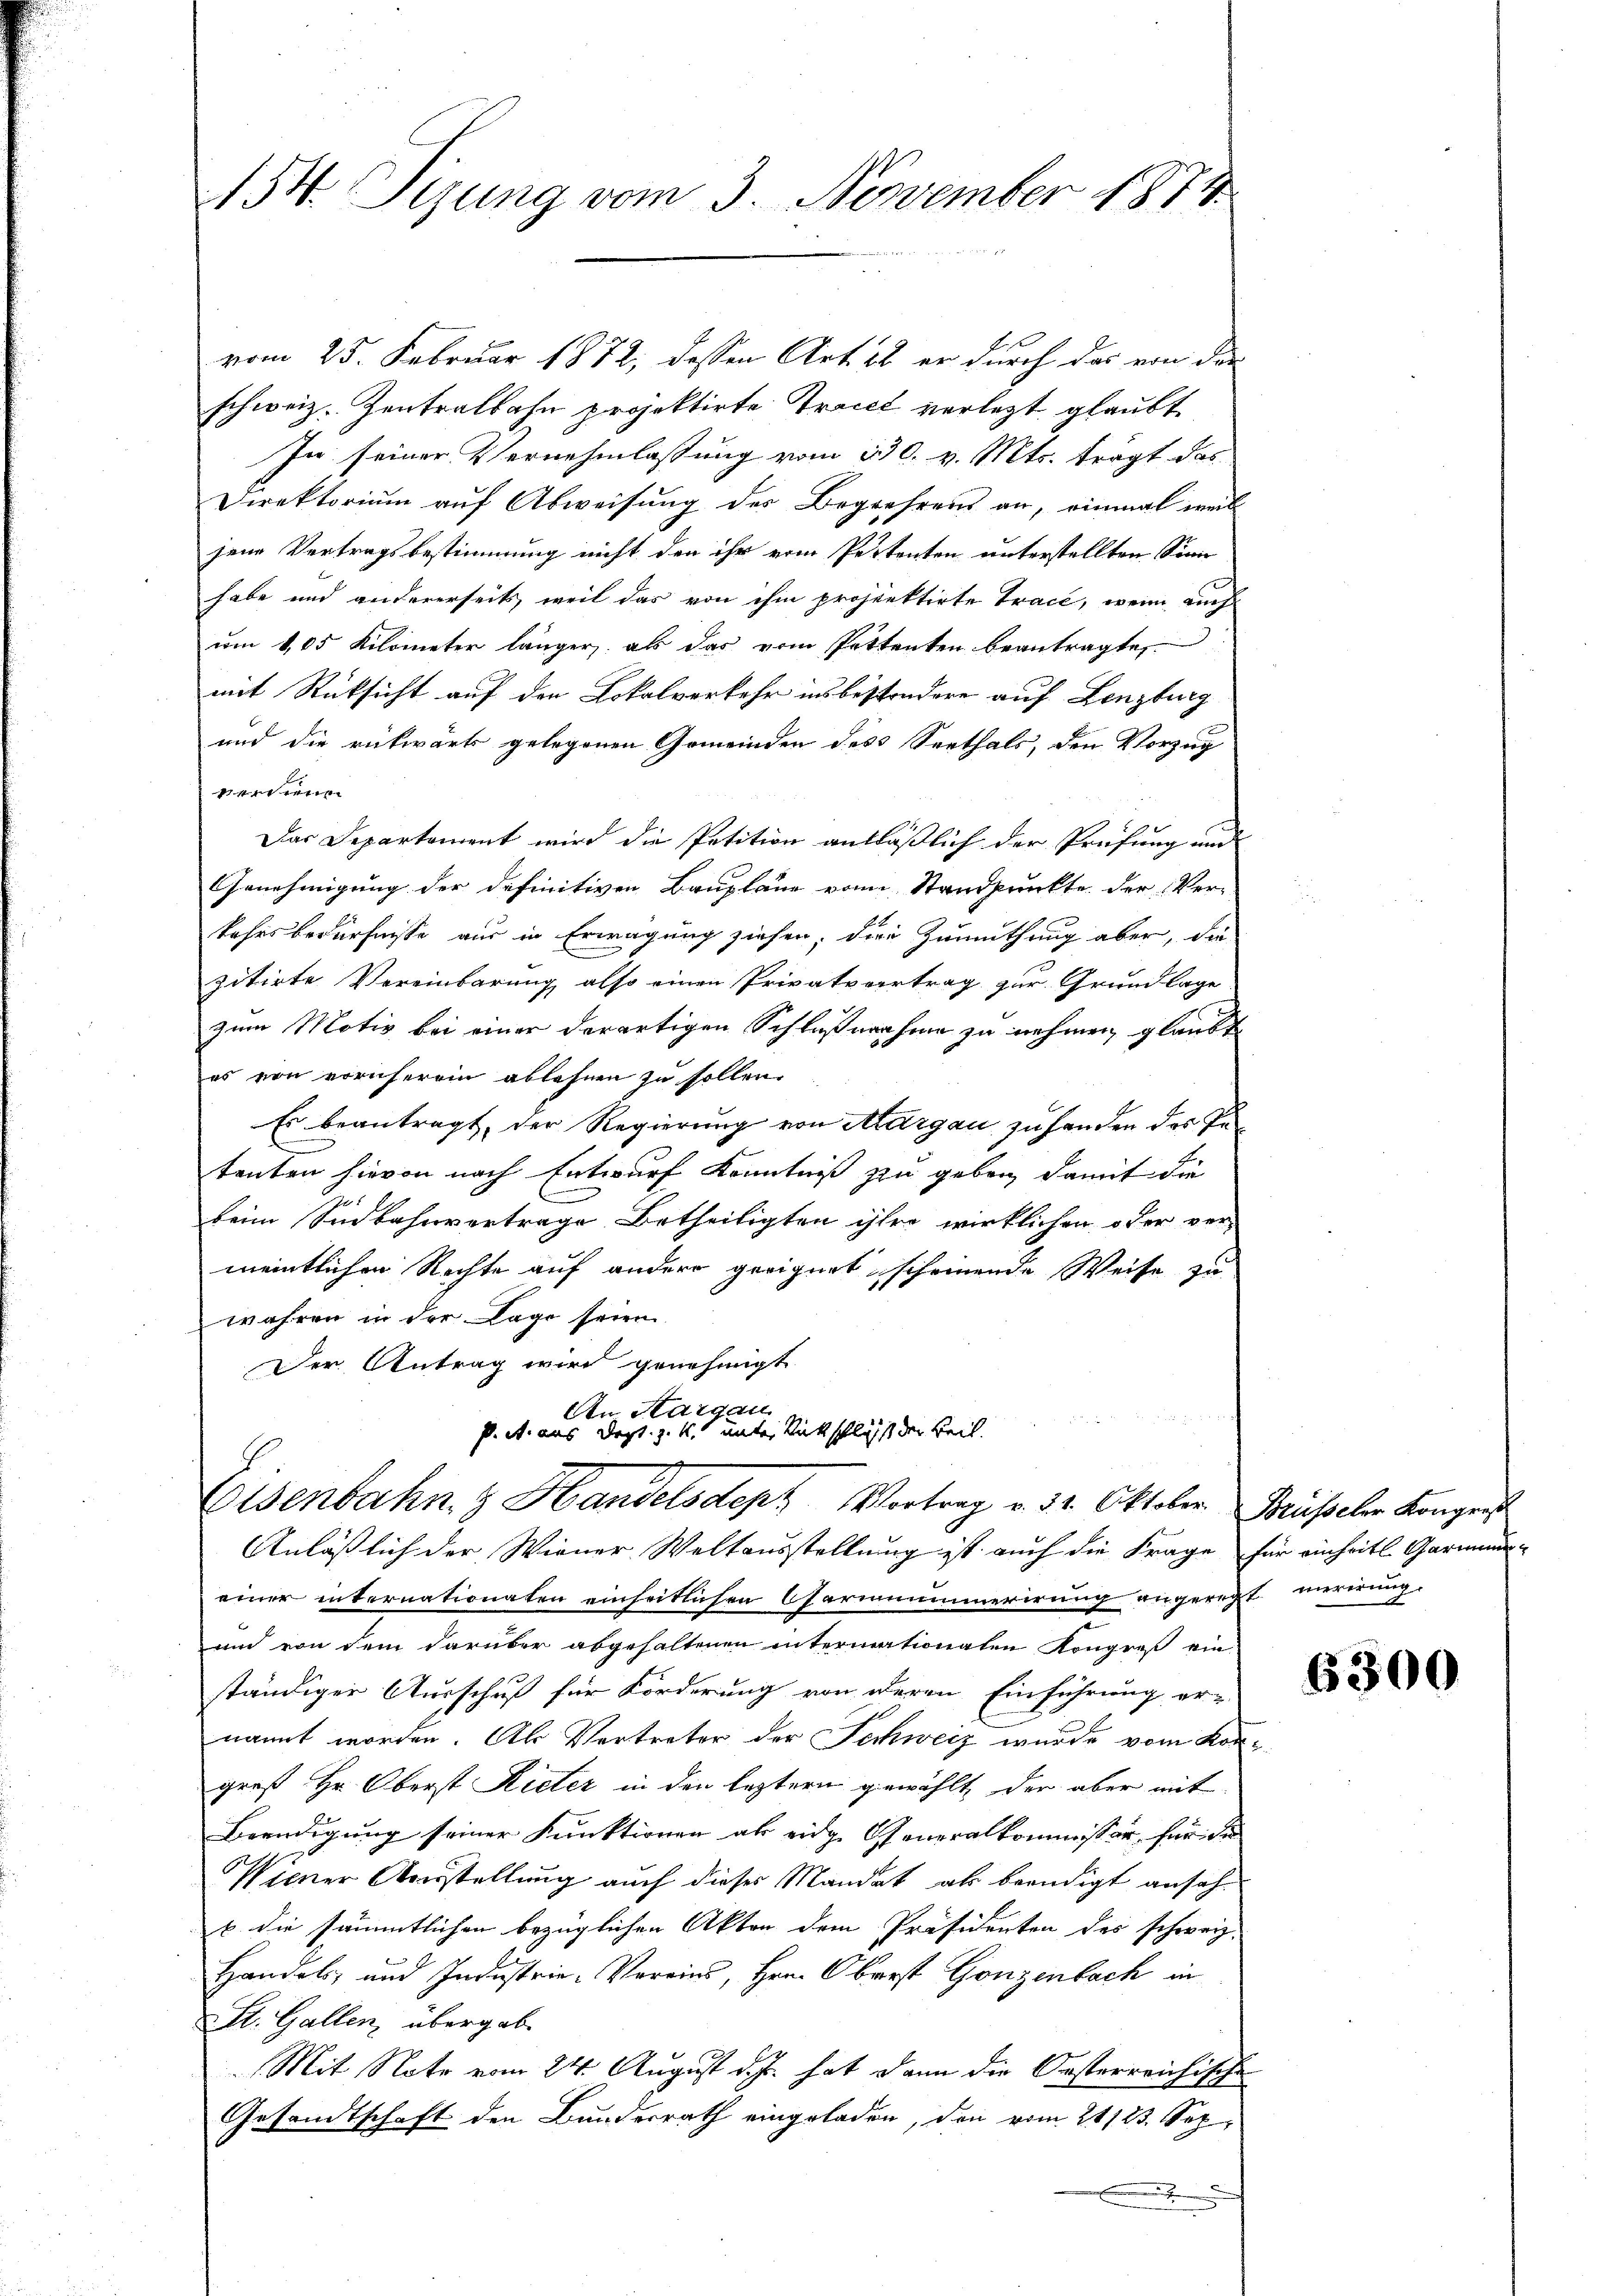
154. Sizung vom 3. November 1874

vom 25. Februar 1872, dessen Art. 28 er durch das von der
schweiz. Zentralbahn projektirte Tracet verletzt glaubt
In seiner Vernehmlassung vom 130. v. Mts. trägt das
Direktorium auf Abweisung des Begehrens an, einmal weil
jene Vertragsbestimmung nicht den ihr vom Pertenten unterstellten Sinne
habe und andererseits, weil das von ihm projektirte Tract, wenn auch
um 1,05 Kilometer länger, als das vom Pettenten beantragte,
mit Rücksicht auf den Lokalverkehr insbesondere auf Lenzburg
und die rückwärts gelegenen Gemeinden des Seethals, den Vorzug
en
x
Das Departement wird die Petition anläßlich der Prüfung und
Genehmigung der definitiven Baupläne von Standpunkte der Ver-
kehrsbedürfnisse aus in Erwägung ziehen, die Zumuthung aber, die
zitirte Vereinbarung also einen Privatvvertrag zur Grundlage
zum Motiv bei einer derartigen Schlußnahme zu nehmen glaubt
es von vornherrin ablehnen zu sollen.
Es beantragt, der Regierung von Aargau zu handen des Pe
tenten hievon nach Entwurf Kenntniß zu geben, damit die
beim Sinbahnvertrage Betheiligten ihro wirklichen oder ver-
meintlichen Rechte auf andere geeignet scheinende Weise zu
wahren in der Lage seien
Der Antrag wird genehmigt
An Sargau
P. R. aus Dept. 1. k. unter Rückschlässt der Beil.
Eisenbahn & Handelsdep: Vortrag v. 31. Oktober Brüsseler Kongres
Anläßlich der Wiener Weltausstellung ist auch die Frage für einheitl. Garmineiner internationaten einheitlichen Opermummerirung angeregt nererung.
und von dem darüber abgehaltenen intermationaten Kongreß ein
ständiger Ausschuß für Forderung von deren Einführung er-
nannt worden. Als Vertreter der Techweiz wurde vom Kor-
groß Hr. Oberst Kieler in den leztern gewählt, der aber mit
Beendigung seiner Funktionen als eidg. Generalkommissor für die
Wiener Ausstellung auch dieses Mandat als beendigt ansahb. die sämmtlichen bezüglichen Akten dem Präsidenten des schweiz.
Handels, und Industrie-Vereins, Hrn. Oberst Gonzenbach in
St. Gallen, übergab.
Mit Note vom 24. August d. Js. hat dann die Osterreichisch
Gesandtschaft den Bundesrath eingeladen, den vom 21/23. Sep
.

6300